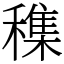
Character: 穕